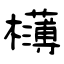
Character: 欂